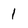
Character: 1